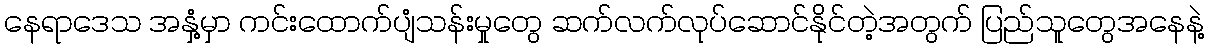
နေရာဒေသ အနှံ့မှာ ကင်းထောက်ပျံသန်းမှုတွေ ဆက်လက်လုပ်ဆောင်နိုင်တဲ့အတွက် ပြည်သူတွေအနေနဲ့